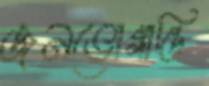
জনভোগান্তি